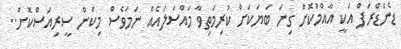
ޑެންޑްރަފް އަކީ އާއްމުކޮށް ގިނަ ބަޔަކަށް ކުރިމަތިވާ މައްސަލައެއް ނަމަވެސް މިކަން ސީރިއަސްކޮށް..